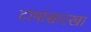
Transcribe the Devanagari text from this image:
टापांसारखा